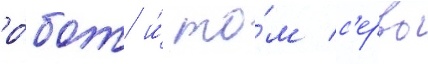
ро́бот и́ то́м с'ерво